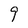
Character: 9